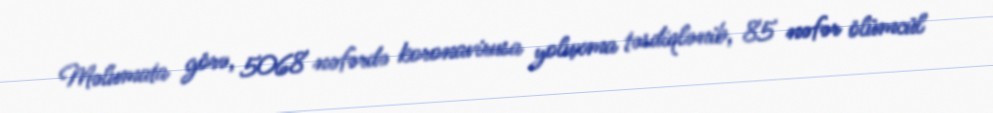
Məlumata görə, 5068 nəfərdə koronavirusa yoluxma təsdiqlənib, 85 nəfər ölümcül